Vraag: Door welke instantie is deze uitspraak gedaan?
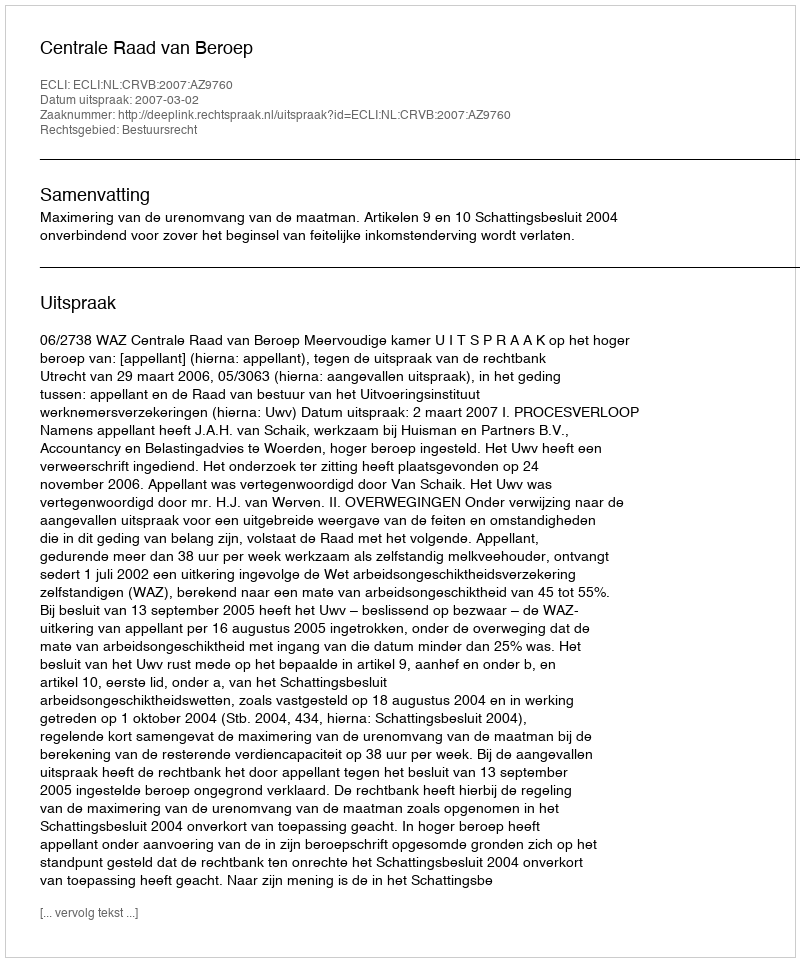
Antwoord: Centrale Raad van Beroep